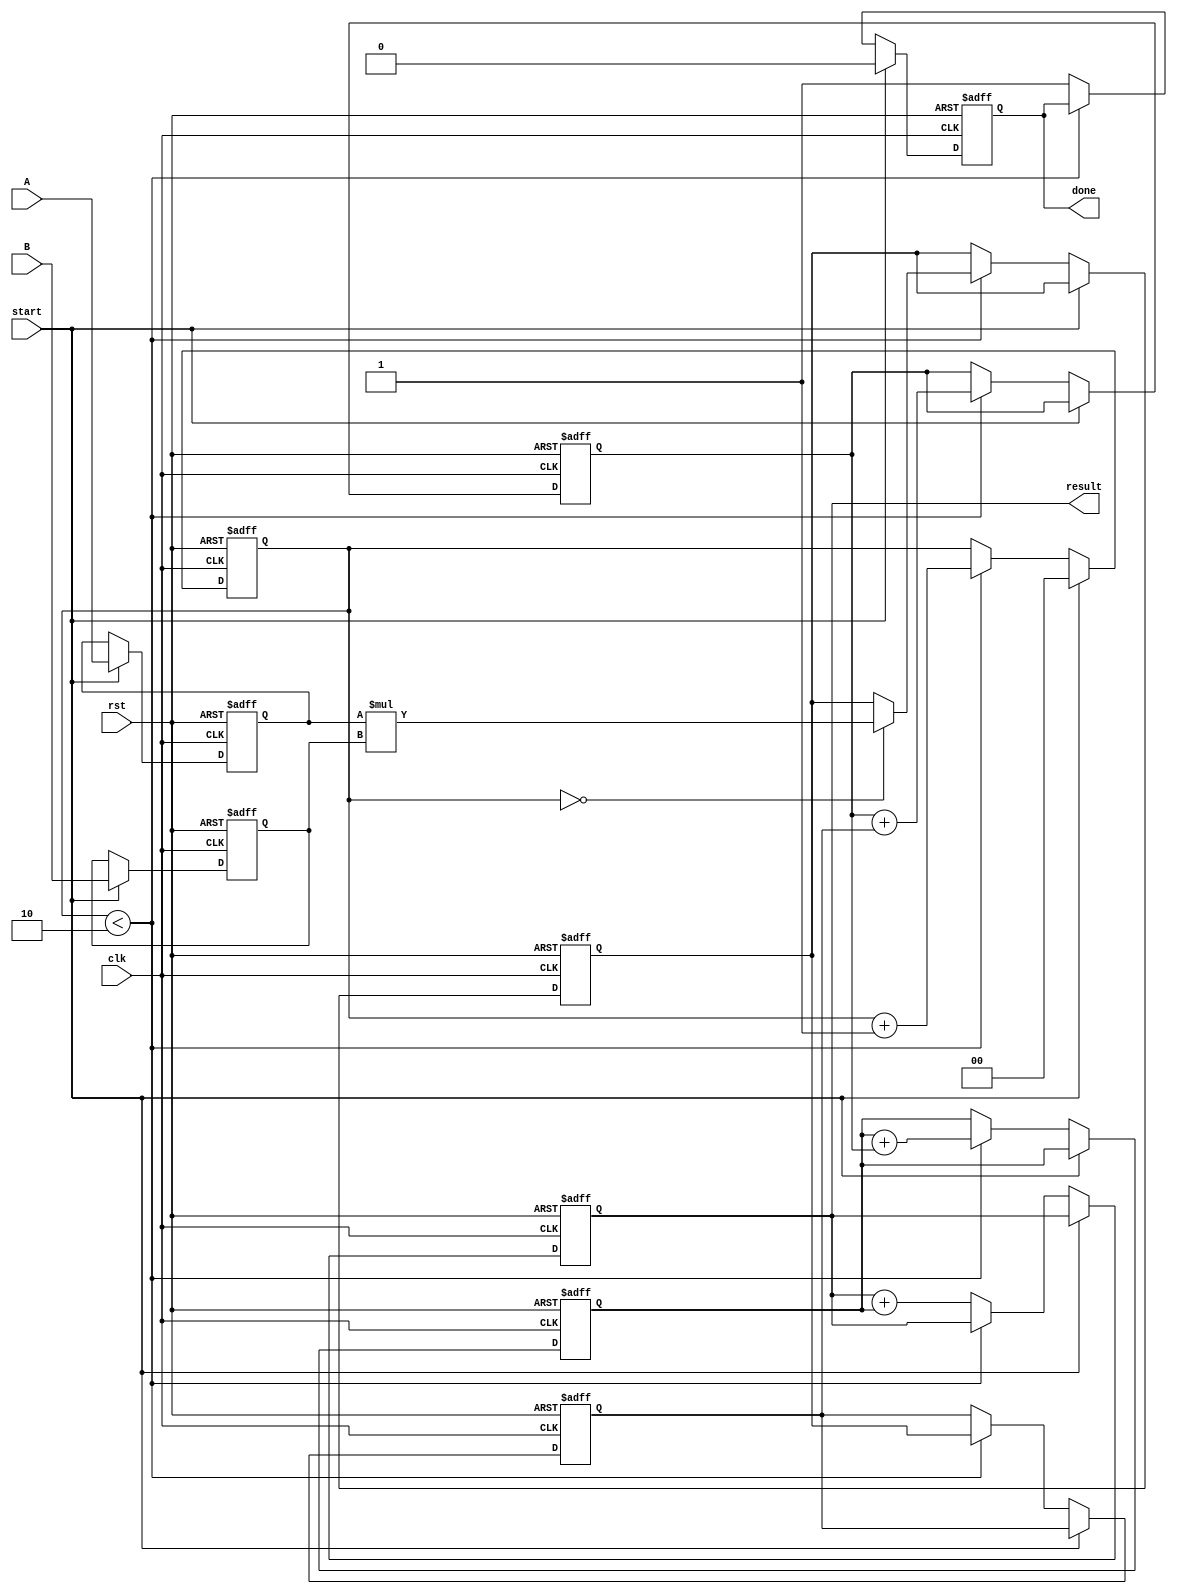
module systolic_multiplier (
    input clk,
    input rst,
    input [7:0] A, // First operand
    input [7:0] B, // Second operand
    input start,
    output reg [15:0] result, // Final result
    output reg done
);

    // Define the number of PEs in the systolic array
    parameter N = 2; // 2x2 systolic array
    reg [7:0] A_reg [0:N-1]; // Registers for A
    reg [7:0] B_reg [0:N-1]; // Registers for B
    reg [15:0] P_reg [0:N-1][0:N-1]; // Partial products
    reg [15:0] sum_reg [0:N-1]; // Accumulated sums
    reg [1:0] stage; // Current stage of processing

    integer i, j;

    // Control logic
    always @(posedge clk or posedge rst) begin
        if (rst) begin
            // Reset all registers
            for (i = 0; i < N; i = i + 1) begin
                A_reg[i] <= 0;
                B_reg[i] <= 0;
                sum_reg[i] <= 0;
                for (j = 0; j < N; j = j + 1) begin
                    P_reg[i][j] <= 0;
                end
            end
            result <= 0;
            done <= 0;
            stage <= 0;
        end else if (start) begin
            // Load inputs into registers
            A_reg[0] <= A;
            B_reg[0] <= B;
            stage <= 0;
            done <= 0;
        end else begin
            // Systolic processing
            if (stage < N) begin
                // Multiply and accumulate
                for (i = 0; i < N; i = i + 1) begin
                    if (i == stage) begin
                        P_reg[i][0] <= A_reg[i] * B_reg[0]; // First column multiplication
                    end
                    if (i > 0) begin
                        P_reg[i][0] <= P_reg[i][0] + P_reg[i-1][1]; // Accumulate from the previous row
                    end
                end

                // Shift results to the right
                for (i = 0; i < N; i = i + 1) begin
                    for (j = 0; j < N-1; j = j + 1) begin
                        P_reg[i][j+1] <= P_reg[i][j]; // Shift right
                    end
                end

                // Update sum register
                for (i = 0; i < N; i = i + 1) begin
                    sum_reg[i] <= sum_reg[i] + P_reg[i][0]; // Accumulate results
                end

                stage <= stage + 1; // Move to the next stage
            end else begin
                // Final result accumulation
                result <= 0;
                for (i = 0; i < N; i = i + 1) begin
                    result <= result + sum_reg[i]; // Sum all rows for final result
                end
                done <= 1; // Indicate completion
            end
        end
    end
endmodule